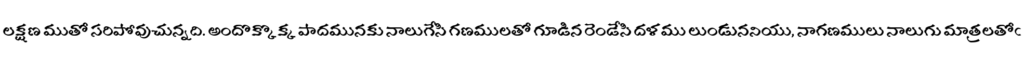
లక్షణ ముతో సరిపోవుచున్నది. అందొక్కొక్క పాదమునకు నాలుగేసి గణములతో గూడిన రెండేసి దళము లుండుననియు, నాగణములు నాలుగు మాత్రలతోఁ